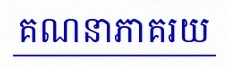
គណនាភាគរយ